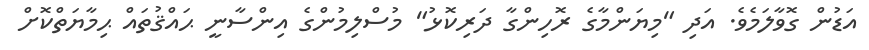
އަޑުން ގޮވާލަމެވެ. އަދި "މިޔަންމާގެ ރޮހިންގާ ދަރިކޮޅު" މުސްލިމުންގެ އިންސާނީ ޙައްޤުތައް ޙިމާޔަތްކޮށް